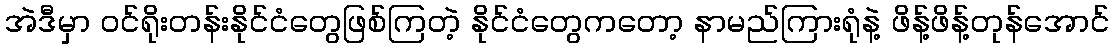
အဲဒီမှာ ဝင်ရိုးတန်းနိုင်ငံတွေဖြစ်ကြတဲ့ နိုင်ငံတွေကတော့ နာမည်ကြားရုံနဲ့ ဖိန့်ဖိန့်တုန်အောင်